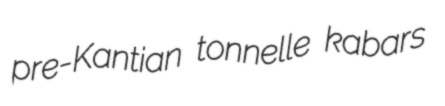
pre-Kantian tonnelle kabars